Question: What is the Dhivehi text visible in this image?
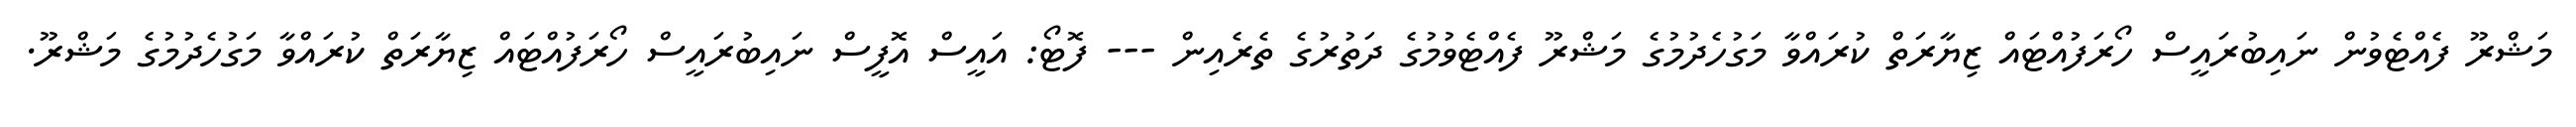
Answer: މަޝްރޫ ފެއްޓެވުން ނައިބުރައީސް ހޯރަފުއްޓައް ޒިޔާރަތް ކުރައްވާ މަގުހެދުމުގެ މަޝްރޫ ފެއްޓެވުމުގެ ދަތުރުގެ ތެރެއިން --- ފޮޓޯ: އައީސް އޮފީސް ނައިބުރައީސް ހޯރަފުއްޓައް ޒިޔާރަތް ކުރައްވާ މަގުހެދުމުގެ މަޝްރޫ.